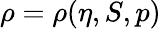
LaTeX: \rho=\rho(\eta,S,p)